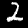
Digit: 2